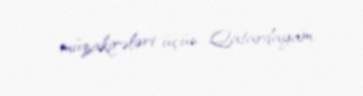
müzakirələri üçün Qatardayam.